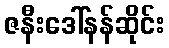
ဇနီးဒေါ်နန်ဆိုင်း